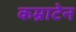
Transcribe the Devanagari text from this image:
कम्राटेन